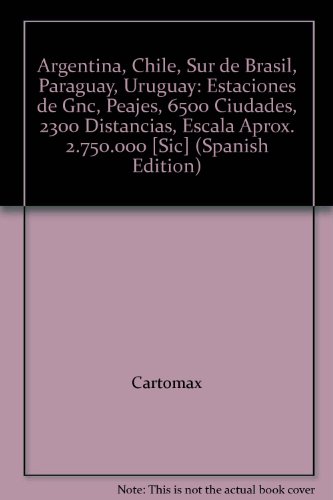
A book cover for Argentina, Chile, Sur de Brasil, Paraguay, Uruguay: Estaciones de Gnc, Peajes, 6500 Ciudades, 2300 Distancias, Escala Aprox. 2.750.000 [Sic] (Spanish Edition); Cartomax; Travel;